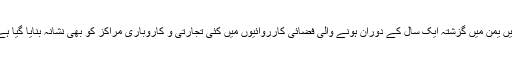
انسانی حقوق کی ایک بین الاقوامی تنظیم کا کہنا ہے کہ سعودی قیادت میں یمن میں گزشتہ ایک سال کے دوران ہونے والی فضائی کارروائیوں میں کئی تجارتی و کاروباری مراکز کو بھی نشانہ بنایا گیا ہے جن میں 130 افراد ہلاک جب کہ سینکڑوں لوگ بے روزگار ہو گئے۔